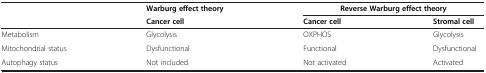
|  | Warburg effect theory | <COLSPAN=2> Reverse Warburg effect theory |
 |  | Cancer cell | Cancer cell | Stromal cell |
 | --- | --- | --- | --- |
 | Metabolism | Glycolysis | OXPHOS | Glycolysis |
 | Mitochondrial status | Dysfunctional | Functional | Dysfunctional |
 | Autophagy status | Not included | Not activated | Activated |